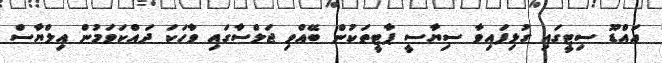
އައްޑޫ ސިޓީގައި ގުޅިފައިވާ ސިޔާސީ ޕާޓީތަކުން ބޭއްވި ޖަލްސާގައި ވާހަކަ ދައްކަވަމުން އިލްޔާސް